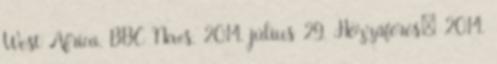
West Africa. BBC News, 2014. július 29. Hozzáférés: 2014.